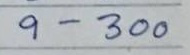
9 - 300